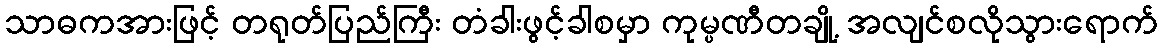
သာဓကအားဖြင့် တရုတ်ပြည်ကြီး တံခါးဖွင့်ခါစမှာ ကုမ္ပဏီတချို့ အလျင်စလိုသွားရောက်